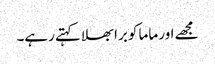
مجھے اور ماما کو برا بھلا کہتے رہے۔